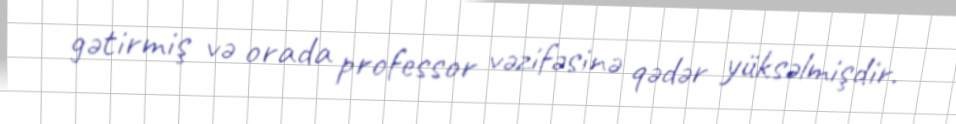
gətirmiş və orada professor vəzifəsinə qədər yüksəlmişdir.